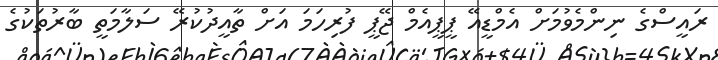
ރައީސްގެ ނިންމެވުމަށް އެމްޑީއޭ ޕީޕީއެމް ޖޭޕީ ފުރިހަމަ އަށް ތާއީދުކުރޭ ސަލާމަތީ ބާރުތަކުގެ